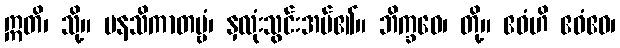
ဣတိ၊ သို့။ မနသိကာတဗ္ဗံ၊ နှလုံးသွင်းအပ်၏။ ဘိက္ခဝေ၊ တို့။ ဧဝံဟိ ဧဝံဧဝ၊